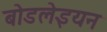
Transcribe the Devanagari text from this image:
बोडलेइयन